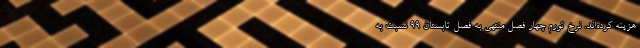
هزینه کرده‌اند. نرخ تورم چهار فصل منتهی به فصل تابستان 99 نسبت به